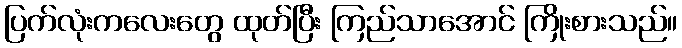
ပြက်လုံးကလေးတွေ ထုတ်ပြီး ကြည်သာအောင် ကြိုးစားသည်။